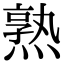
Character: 熟